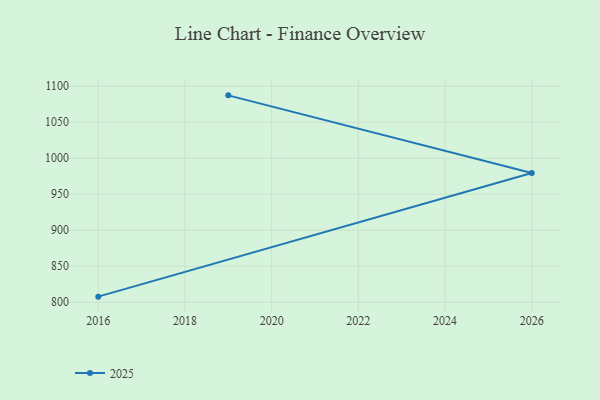
{"axis": {"x": "Year", "y": "Population (Million)"}, "legend": ["2025"], "data": [{"x": "2019", "y": 1087.4, "type": "2025"}, {"x": "2026", "y": 979.4, "type": "2025"}, {"x": "2016", "y": 807.7, "type": "2025"}]}